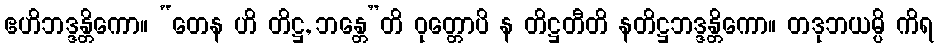
ဧဟိဘဒ္ဒန္တိကော။ “တေန ဟိ တိဋ္ဌ, ဘန္တေ”တိ ဝုတ္တောပိ န တိဋ္ဌတီတိ နတိဋ္ဌဘဒ္ဒန္တိကော။ တဒုဘယမ္ပိ ကိရ